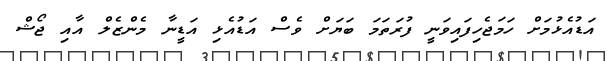
އަޑުއެޅުމަށް ހަމަޖެހިފައިވަނީ ފުރަތަމަ ބަޔަށް ވެސް އަޑުއެޅި އަޑީނާ މެންޒެލް އާއި ޖޯޝް